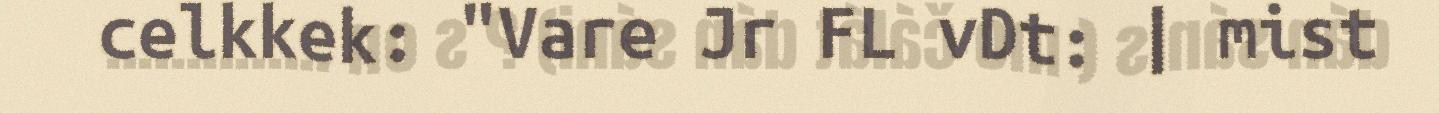
celkkek: "Vare Jr FL vDt: | mist